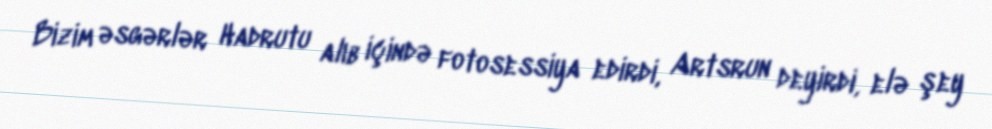
Bizim əsgərlər Hadrutu alıb içində fotosessiya edirdi, Artsrun deyirdi, elə şey